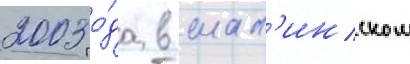
2003 го́да в шал'инском